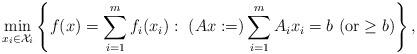
LaTeX: \begin{align*}\min\limits_{x_i\in\mathcal{X}_i}\left\{f(x)=\sum_{i=1}^{m}f_i(x_i):~ (Ax:=)\sum_{i=1}^{m}A_ix_i=b~({\rm or}\geq b)\right\},\end{align*}